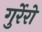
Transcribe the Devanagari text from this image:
गुर्रेरो